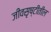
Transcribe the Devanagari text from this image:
जीवसृष्टीतील